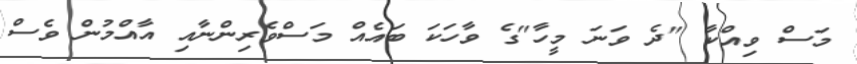
މަސް ވިއްކާ "ދެ ވަނަ މީހާ"ގެ ވާހަކަ ބައެއް މަސްވެރިންނާއި އާއްމުން ވެސް